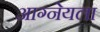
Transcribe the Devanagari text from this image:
आग्नेयला